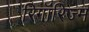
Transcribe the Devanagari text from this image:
रिगॉरिज्म